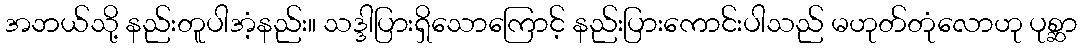
အဘယ်သို့ နည်းတူပါအံ့နည်း။ သဒ္ဒါပြားရှိသောကြောင့် နည်းပြားကောင်းပါသည် မဟုတ်တုံလောဟု ပုစ္ဆာ